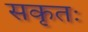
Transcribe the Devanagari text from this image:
सकृतः